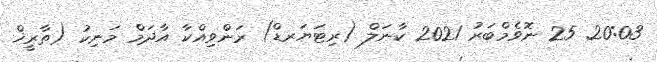
20:03